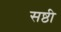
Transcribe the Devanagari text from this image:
सष्ठी